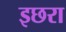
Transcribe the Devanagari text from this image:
इछरा